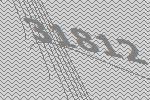
31812